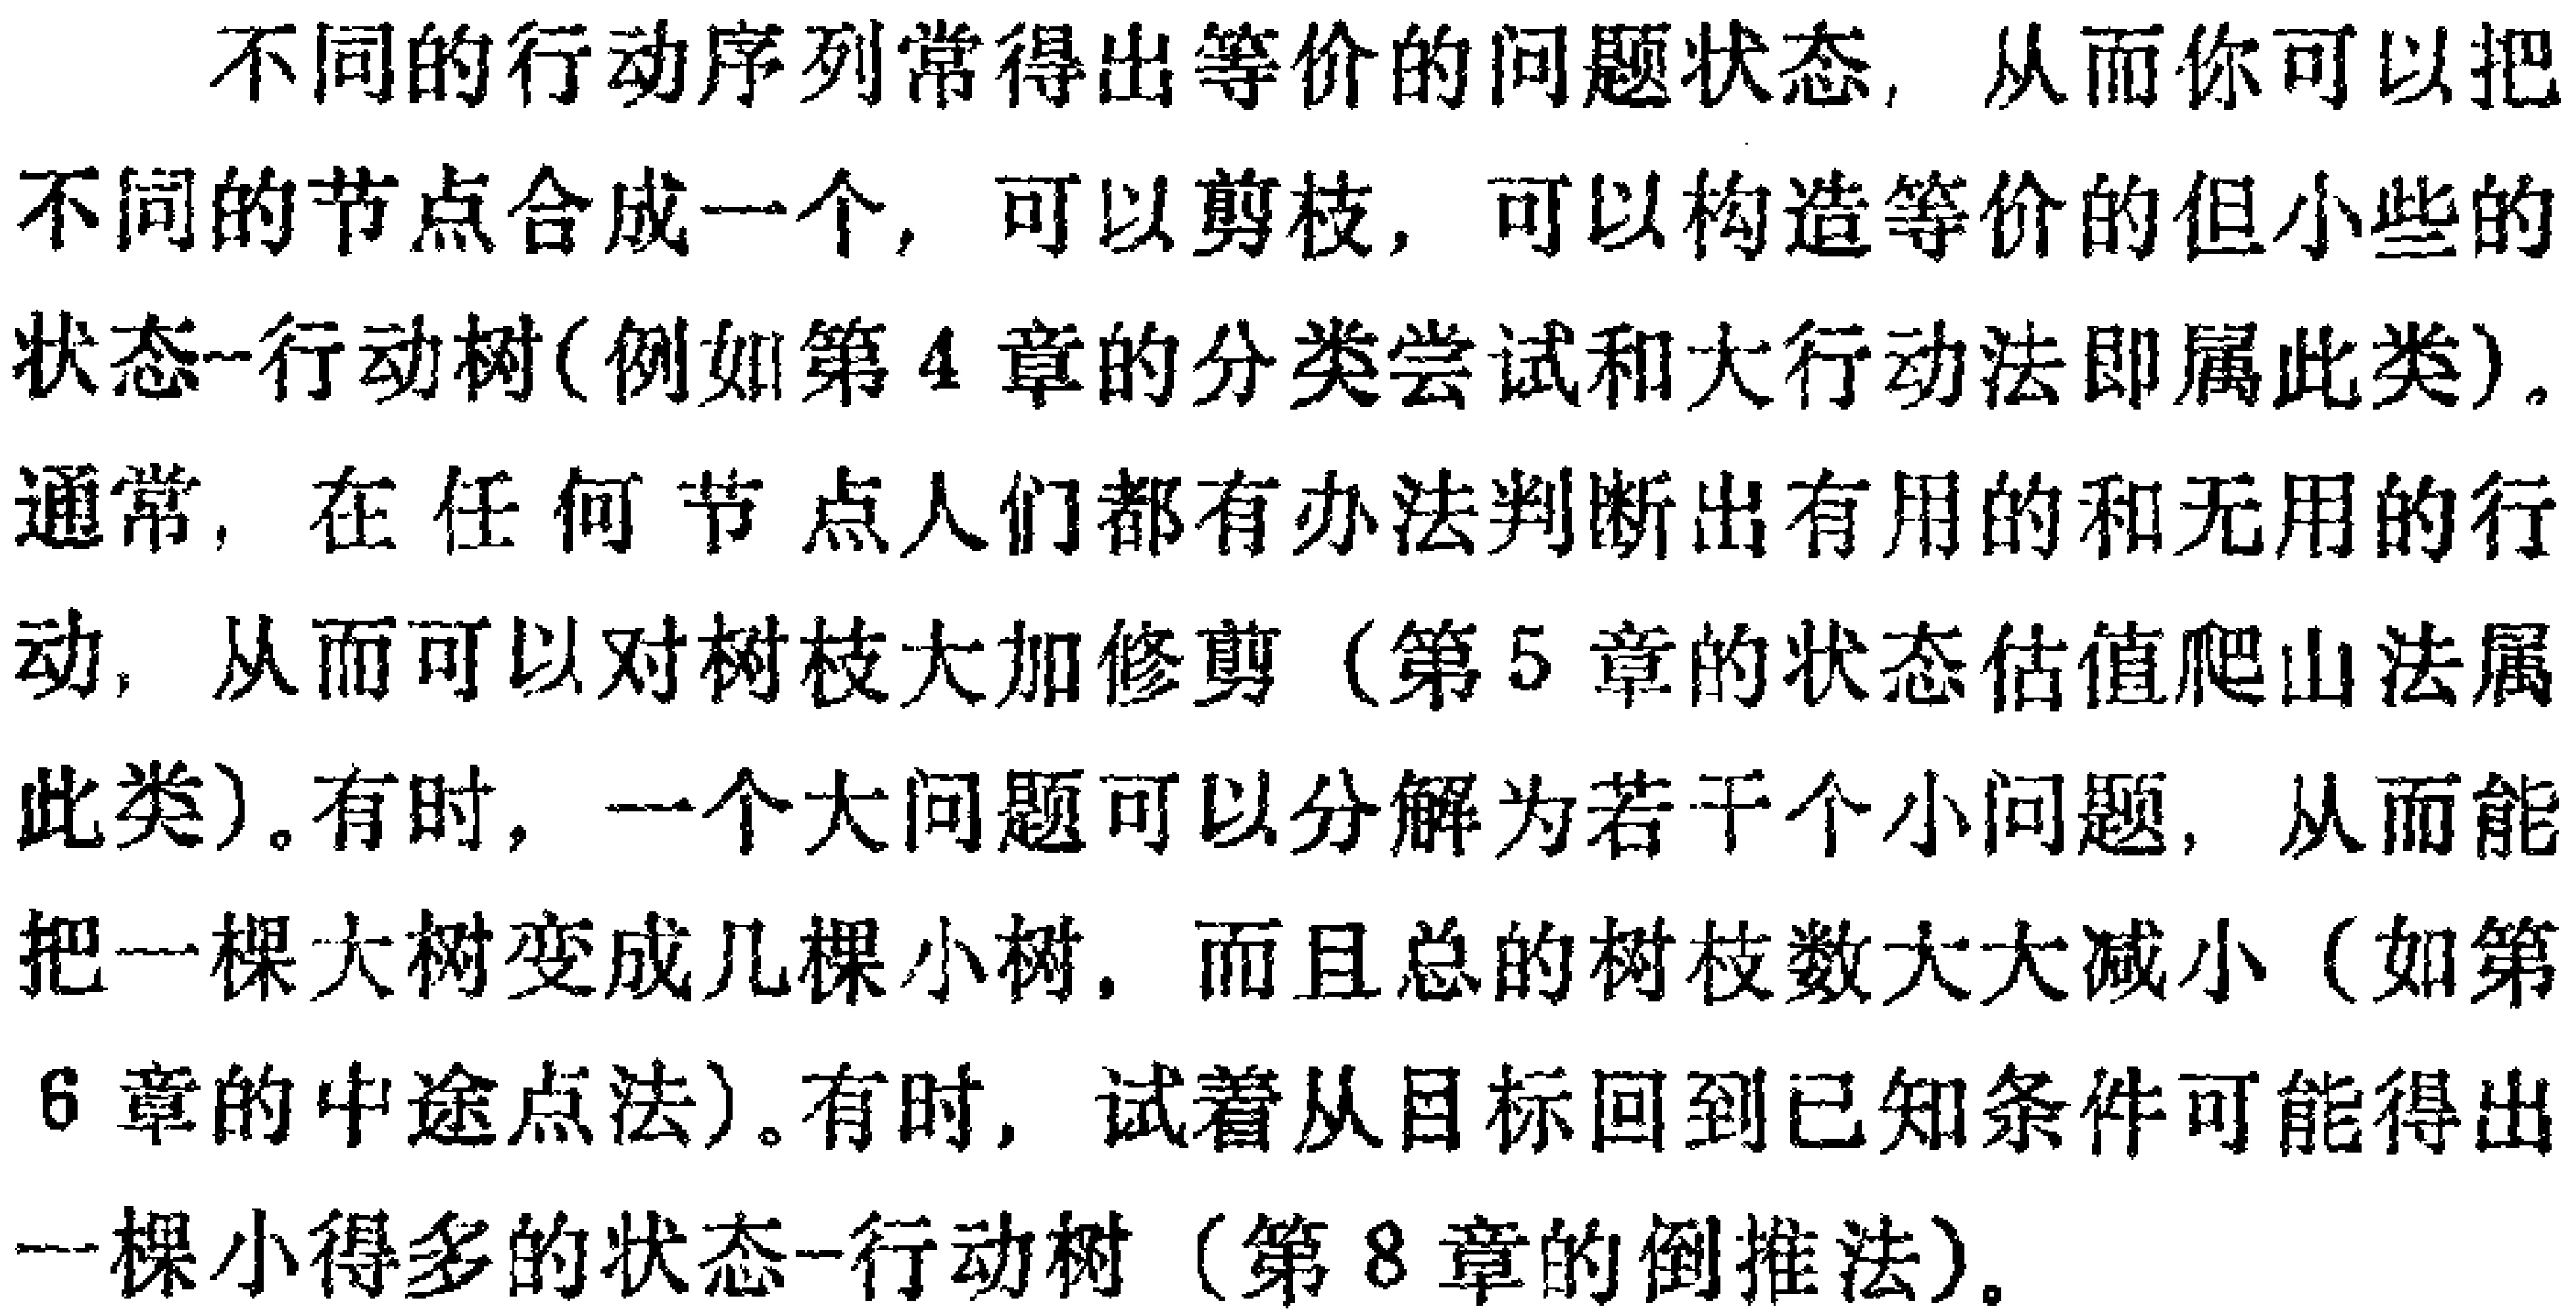
不同的行动序列常得出等价的问题状态，从而你可以把不同的节点合成一个，可以剪枝，可以构造等价的但小些的状态--行动树(例如第4章的分类尝试和大行动法即属此类)。通常，在任何节点人们都有办法判断出有用的和无用的行动，从而可以对树枝大加修剪(第5章的状态估值爬山法属此类)。有时，一个大问题可以分解为若干个小问题，从而能把一棵大树变成几棵小树，而且总的树枝数大大减小(如第6章的中途点法)。有时，试着从目标回到已知条件可能得出一棵小得多的状态--行动树(第8章的倒推法)。